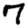
Digit: 7